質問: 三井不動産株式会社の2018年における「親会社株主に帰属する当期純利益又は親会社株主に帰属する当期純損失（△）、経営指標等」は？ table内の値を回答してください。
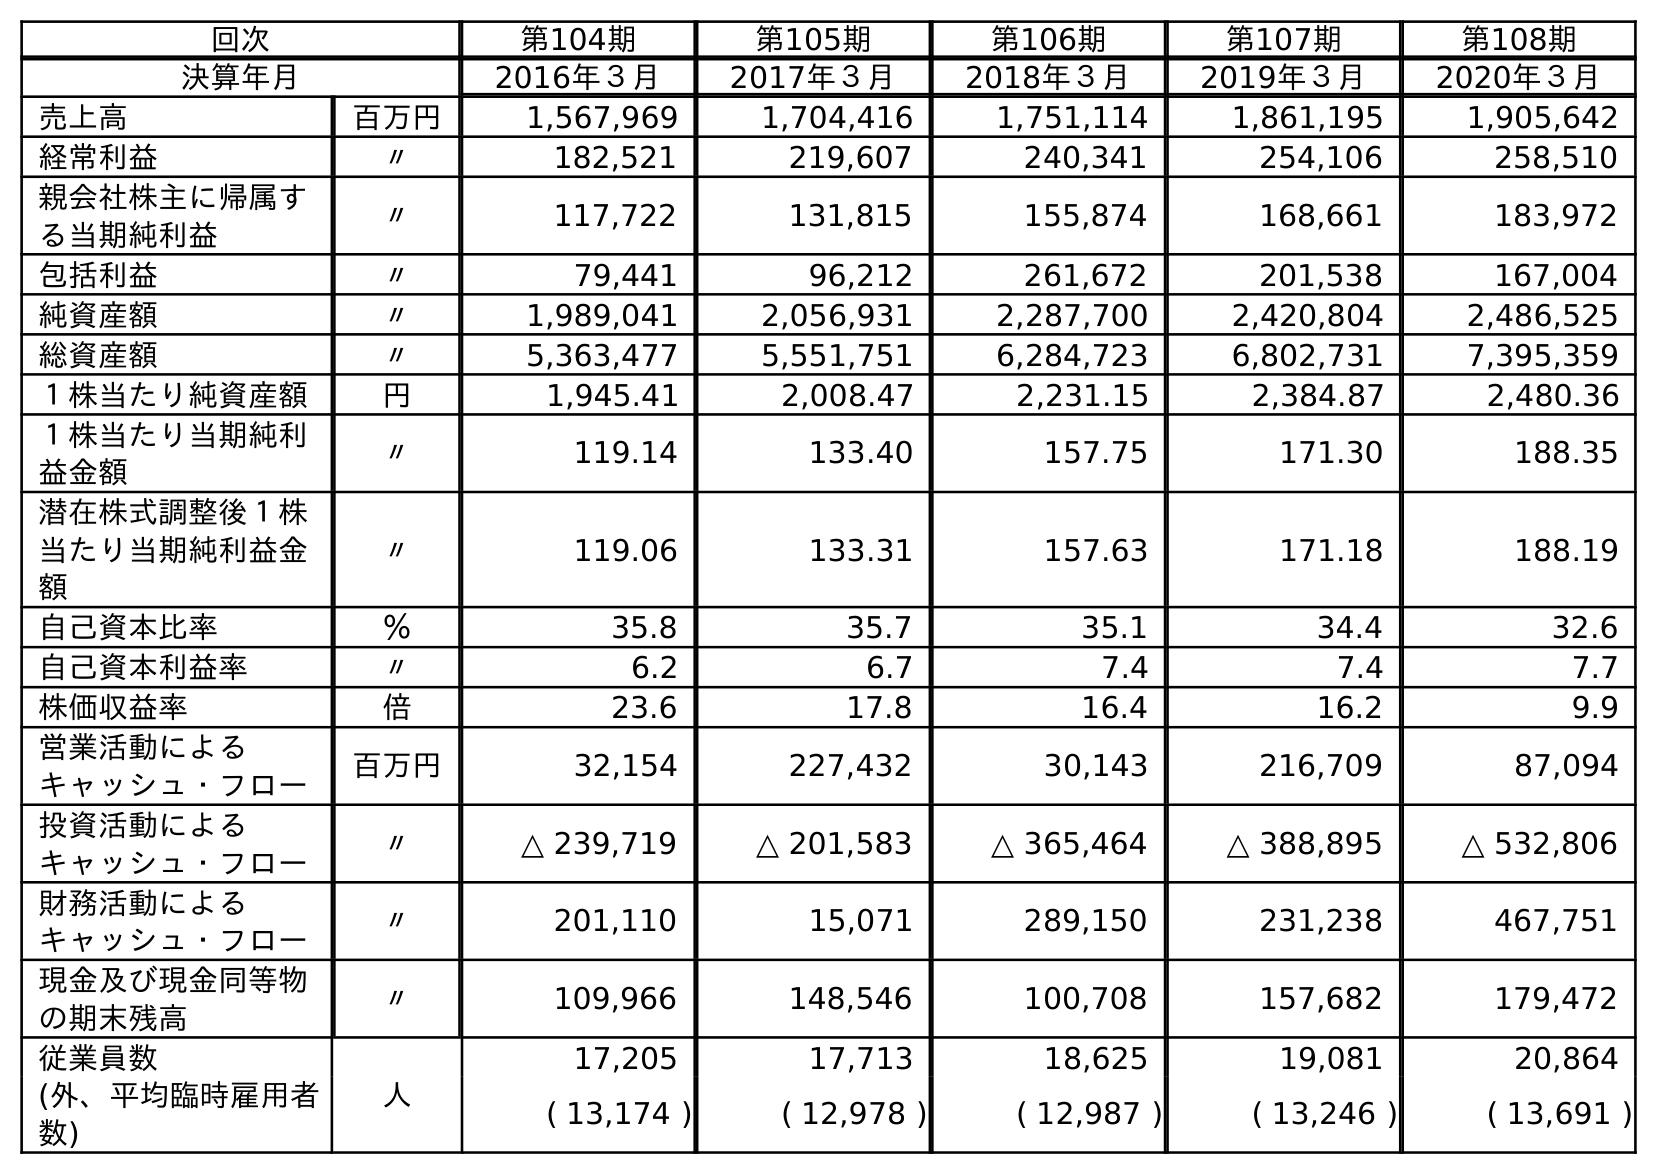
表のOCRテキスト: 回次 第104期 第105期 第106期 第107期 第108期 決算年月 2016年３月 2017年３月 2018年３月 2019年３月 2020年３月 売上高 百万円 1,567,969 1,704,416 1,751,114 1,861,195 1,905,642 経常利益 〃 182,521 219,607 240,341 254,106 258,510 親会社株主に帰属す る当期純利益 〃 117,722 131,815 155,874 168,661 183,972 包括利益 〃 79,441 96,212 261,672 201,538 167,004 純資産額 〃 1,989,041 2,056,931 2,287,700 2,420,804 2,486,525 総資産額 〃 5,363,477 5,551,751 6,284,723 6,802,731 7,395,359 １株当たり純資産額 円 1,945.41 2,008.47 2,231.15 2,384.87 2,480.36 １株当たり当期純利 益金額 〃 119.14 133.40 157.75 171.30 188.35 潜在株式調整後１株 当たり当期純利益金 額 〃 119.06 133.31 157.63 171.18 188.19 自己資本比率 ％ 35.8 35.7 35.1 34.4 32.6 自己資本利益率 〃 6.2 6.7 7.4 7.4 7.7 株価収益率 倍 23.6 17.8 16.4 16.2 9.9 営業活動による キャッシュ・フロー 百万円 32,154 227,432 30,143 216,709 87,094 投資活動による キャッシュ・フロー 〃 △ 239,719 △ 201,583 △ 365,464 △ 388,895 △ 532,806 財務活動による キャッシュ・フロー 〃 201,110 15,071 289,150 231,238 467,751 現金及び現金同等物 の期末残高 〃 109,966 148,546 100,708 157,682 179,472 従業員数 人 17,205 17,713 18,625 19,081 20,864 (外、平均臨時雇用者 数) ( 13,174 ) ( 12,978 ) ( 12,987 ) ( 13,246 ) ( 13,691 )
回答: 155,874